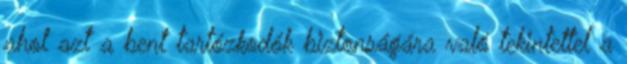
ahol azt a bent tartózkodók biztonságára való tekintettel a